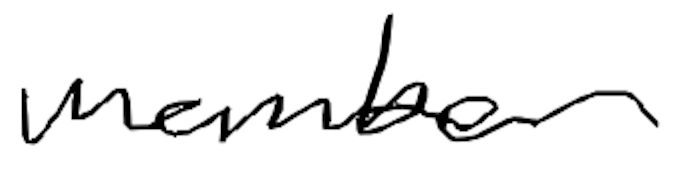
Text: member
Cross-out: clean
Writing tool: digital_black